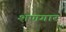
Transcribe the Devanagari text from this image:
शणगार